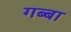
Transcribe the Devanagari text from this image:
गब्बा